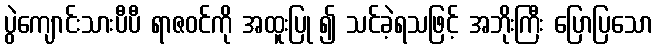
ပွဲကျောင်းသားပီပီ ရာဇဝင်ကို အထူးပြု ၍ သင်ခဲ့ရသဖြင့် အဘိုးကြီး ပြောပြသော